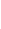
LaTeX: I\! \! \! \! \! \! \! \! \! \! \! \! _{\! \! \! \! \! \! \! \! \! \! \! \! \mathbf{x}\! \! \! \! \! \! \! \! \! \! \! \! _{\! }\! \! \! \! \! \! \! \! \! \! \! 0}\! \! \! \! \! \! \! \! \! \! \! \! (Z\! \! \! \! \! \! \! \! \! \! \! \! )\! \! \! \! \! \! \! \! \! \! \! \! :\! \! \! \! \! \! \! \! \! \! \! \! =I\! \! \! \! \! \! \! \! \! \! \! \! _{\! \! \! \! \! \! \! \! \! \! \! \! \partial\! \! \! \! \! \! \! \! \! \! \! \! B}\! \! \! \! \! \! \! \! \! \! \! \! (Z\! \! \! \! \! \! \! \! \! \! \! \! )\! \! \! \! \! \! \! \! \! \! \! \! .\! \! \! \! \! \! \! \! \! \! \!